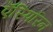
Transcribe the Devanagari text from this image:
ऍस्पिरिन